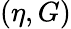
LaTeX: (\eta,G)